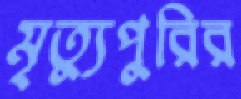
মৃত্যুপুরির